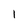
Character: 1